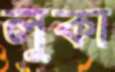
লুকা